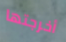
أخرجتها